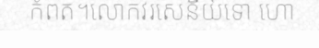
កំពត។លោកវរសេនីយ៍ទោ ហោ